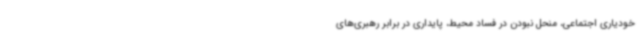
خودیاری اجتماعی، منحل نبودن در فساد محیط، پایداری در برابر رهبری‌های